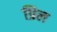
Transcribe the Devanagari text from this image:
प्रिल